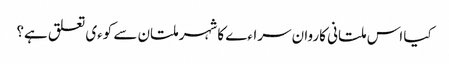
کیا اس ملتانی کاروان سراءے کا شہر ملتان سے کوءی تعلق ہے؟